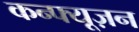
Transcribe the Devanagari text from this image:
कन्फ्यूज़न